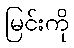
မြင်းကို